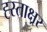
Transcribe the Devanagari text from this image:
ह्स्ताक्ष्रर